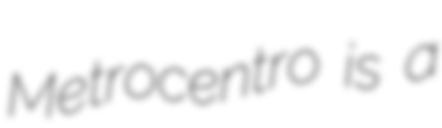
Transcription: Metrocentro is a